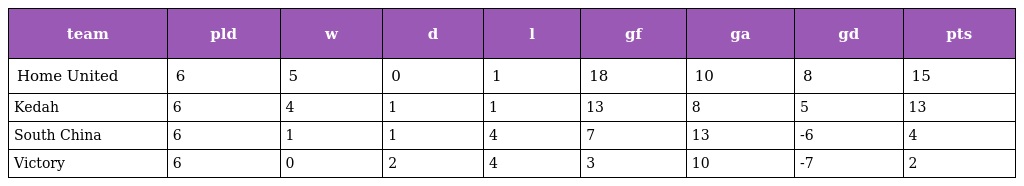
| team | pld | w | d | l | gf | ga | gd | pts |
 | --- | --- | --- | --- | --- | --- | --- | --- | --- |
 | Home United | 6 | 5 | 0 | 1 | 18 | 10 | 8 | 15 |
 | Kedah | 6 | 4 | 1 | 1 | 13 | 8 | 5 | 13 |
 | South China | 6 | 1 | 1 | 4 | 7 | 13 | -6 | 4 |
 | Victory | 6 | 0 | 2 | 4 | 3 | 10 | -7 | 2 |